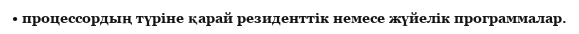
• процессордың түріне қарай резиденттік немесе жүйелік программалар.